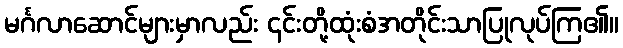
မင်္ဂလာဆောင်များမှာလည်း ၄င်းတို့ထုံးစံအတိုင်းသာပြုလုပ်ကြ၏။